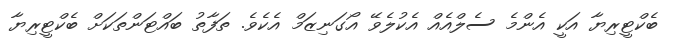
ބެކްޓީރިޔާ އަކީ އެންމެ ސެލްއެއް އެކުލެވޭ އޯގަނިޒަމް އެކެވެ. ތަފާތު ބައްޓަންތަކަށް ބެކްޓީރިޔާ